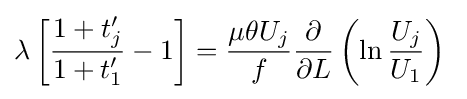
\lambda \left[{\frac {1+t'_{j}}{1+t'_{1}}}-1\right]={\frac {\mu \theta U_{j}}{f}}{\frac {\partial }{\partial L}}\left(\ln {\frac {U_{j}}{U_{1}}}\right)\;